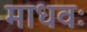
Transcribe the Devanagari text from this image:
माधवः